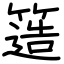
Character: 簉